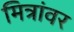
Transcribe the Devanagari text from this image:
मित्रांवर